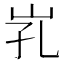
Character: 𱛒